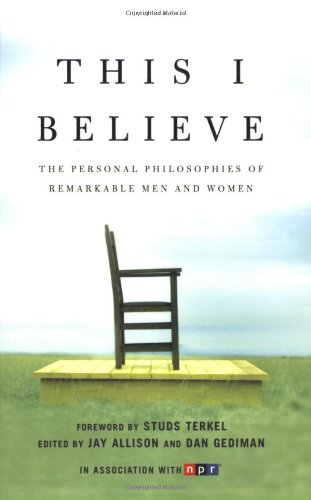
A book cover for This I Believe: The Personal Philosophies of Remarkable Men and Women; Literature & Fiction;